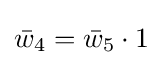
{\bar {w}}_{4}={\bar {w}}_{5}\cdot 1